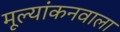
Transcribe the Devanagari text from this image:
मूल्यांकनवाला